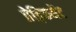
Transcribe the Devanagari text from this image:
प्रेड़िकमेंट